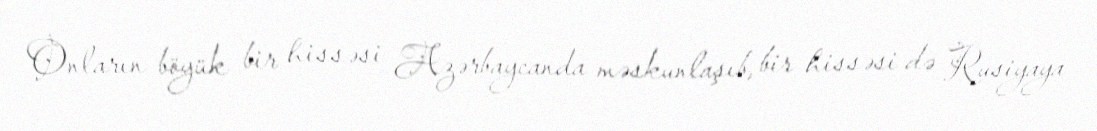
Onların böyük bir hissəsi Azərbaycanda məskunlaşıb, bir hissəsi də Rusiyaya